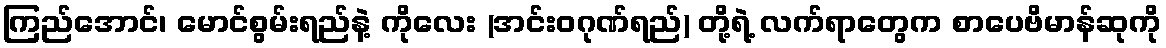
ကြည်အောင်၊ မောင်စွမ်းရည်နဲ့ ကိုလေး (အင်းဝဂုဏ်ရည်) တို့ရဲ့ လက်ရာတွေက စာပေဗိမာန်ဆုကို